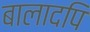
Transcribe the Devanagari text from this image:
बालादपि